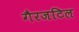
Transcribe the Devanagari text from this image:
गैरजटिल